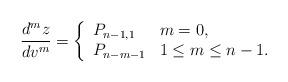
LaTeX: \begin{align*} \frac{d^mz}{dv^m}=\left\{ \begin{array}{ll} P_{n-1,1} & m=0,\\ P_{n-m-1} & 1\leq m\leq n-1. \end{array}\right.\end{align*}